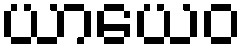
ယာယေဝ